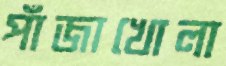
পাঁজাখোলা